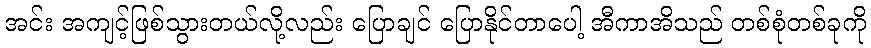
အင်း အကျင့်ဖြစ်သွားတယ်လို့လည်း ပြောချင် ပြောနိုင်တာပေါ့ အီကာအိသည် တစ်စုံတစ်ခုကို